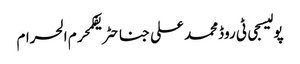
پولیسجی ٹی روڈمحمد علی جناحٹریفکمحرم الحرام